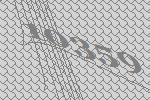
10359